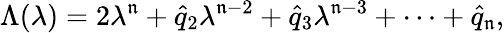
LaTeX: \Lambda(\lambda)=2\lambda^{\mathfrak{n}}+\hat{{q}}_{2}\lambda^{\mathfrak{n}-2}+\hat{{q}}_{3}\lambda^{\mathfrak{n}-3}+\cdots+\hat{{q}}_{\mathfrak{n}},